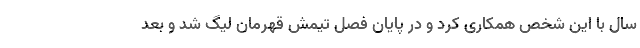
سال با این شخص همکاری کرد و در پایان فصل تیمش قهرمان لیگ شد و بعد